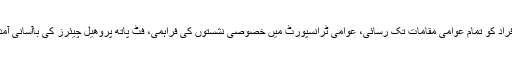
اسی طرح حکومت پاکستان نے خصوصی شہریوں کے ایکٹ 2008کے تحت معذور افراد کو تمام عوامی مقامات تک رسائی، عوامی ٹرانسپورٹ میں خصوصی نشستوں کی فراہمی، فٹ پاتھ پروھیل چیئرز کی باآسانی آمدو رفت اور سڑک پار کرتے ہوئے نابینا افراد کو ترجیح دینے جیسے اقدامات کئے ہیں۔